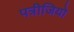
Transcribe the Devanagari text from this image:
पत्रीजियो